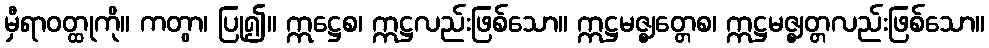
မှီရာဝတ္ထုကို။ ကတွာ၊ ပြု၍။ ဣဋ္ဌေစ၊ ဣဋ္ဌလည်းဖြစ်သော။ ဣဋ္ဌမဇ္ဈတ္တေစ၊ ဣဋ္ဌမဇ္ဈတ္တလည်းဖြစ်သော။